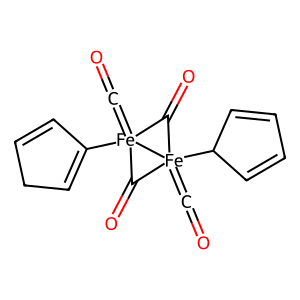
SMILES: O=C=[Fe]12(C3=CCC=C3)C(=O)[Fe]1(=C=O)(C1C=CC=C1)C2=O
Inhibits HIV replication: No